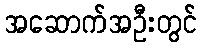
အဆောက်အဦးတွင်